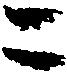
ニ